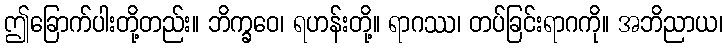
ဤခြောက်ပါးတို့တည်း။ ဘိက္ခဝေ၊ ရဟန်းတို့။ ရာဂဿ၊ တပ်ခြင်းရာဂကို။ အဘိညာယ၊